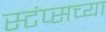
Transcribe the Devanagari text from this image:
स्टंप्सच्या